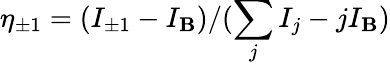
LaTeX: \eta_{\pm1}=(I_{\pm1}-I_{\mathbf{B}})/(\sum_{j}I_{j}-jI_{\mathbf{B}})